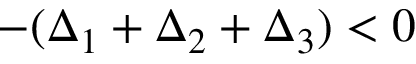
- ( \Delta _ { 1 } + \Delta _ { 2 } + \Delta _ { 3 } ) < 0